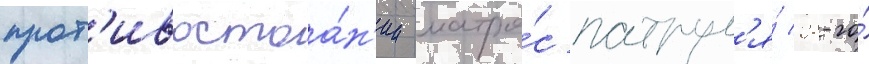
прот'ивостоа́н'ии матро́с патрул'я́ 28-го́